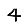
Digit: 4